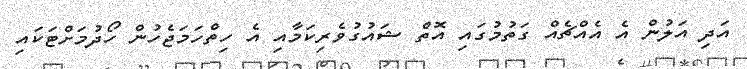
އަދި އަލުން އެ އެއްޗެއް ގަތުމުގައި އޮތް ޝައުގުވެރިކަމާއި އެ ހިތްހަމަޖެހުން ހޯދުމަށްޓަކައި